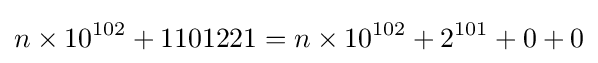
n\times 10^{102}+1101221=n\times 10^{102}+2^{101}+0+0